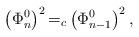
LaTeX: \begin{align*}\left( \Phi _n^0\right) ^2{=}_{c} \left( \Phi _{n-1}^0\right) ^2,\end{align*}